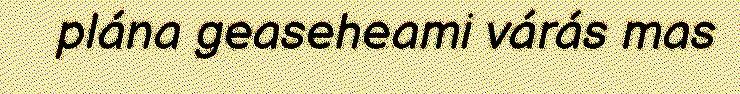
plána geaseheami várás mas